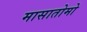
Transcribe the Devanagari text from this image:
मासातोमो